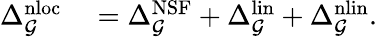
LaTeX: \begin{array}{rl}{\Delta_{\mathcal{G}}^{\mathrm{nloc}}}&{{}=\Delta_{\mathcal{G}}^{\mathrm{NSF}}+\Delta_{\mathcal{G}}^{\mathrm{lin}}+\Delta_{\mathcal{G}}^{\mathrm{nlin}}.}\end{array}